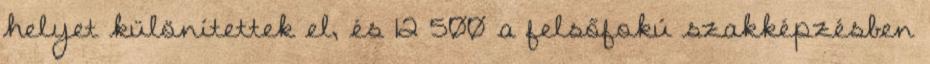
helyet különítettek el, és 12 500 a felsőfokú szakképzésben